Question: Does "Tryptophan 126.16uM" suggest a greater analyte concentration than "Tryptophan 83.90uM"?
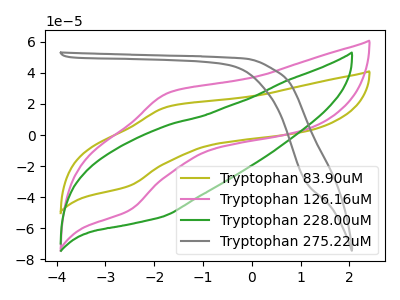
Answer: <think>The olive curve "Tryptophan 83.90uM" has an anodic peak at (-1.70V, 18.30uA) and a cathodic peak at (-2.50V, -32.80uA). The pink curve "Tryptophan 126.16uM" has an anodic peak at (-1.70V, 27.15uA) and a cathodic peak at (-2.50V, -48.60uA). The green curve "Tryptophan 228.00uM" has no peaks. The gray curve "Tryptophan 275.22uM" has no peaks.
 All the peaks in "Tryptophan 126.16uM" have a peak in "Tryptophan 83.90uM" at the same potential. Every peak in "Tryptophan 126.16uM" is higher than every peak in "Tryptophan 83.90uM".</think>
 <answer>"Tryptophan 126.16uM" has more signal than "Tryptophan 83.90uM".</answer>
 <eval>more_signal</eval>